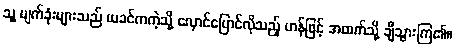
သူ့ မျက်ခုံးများသည် ယခင်ကကဲ့သို့ လှောင်ပြောင်လိုသည့် ဟန်ဖြင့် အထက်သို့ ချီသွားကြ၏။